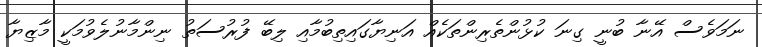
ނަމަވެސް އޭނާ ބުނީ ގިނަ ކުޅުންތެރިންތަކެއް އަނިޔާގައިތިބުމާއި ލިބޭ ފުރުސަތު ނިންމާނުލެވުމަކީ މާޒިޔާ